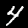
Digit: 4